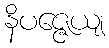
နိပဇ္ဇေယျ